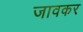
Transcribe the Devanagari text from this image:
जावकर